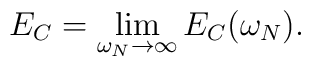
E_C=\lim_{\omega_N\rightarrow\infty}E_C(\omega_N).